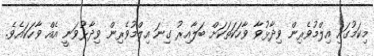
މިކަމުގައި އިލްމުވެރިން ވިދާޅުވާ ވާހަކަތަކަށް ބަލާއިރު ގިނަ އިލްމުވެރިން ވިދާޅުވަނީ އެއް ވާހަކައެވެ.